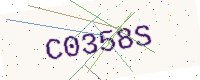
Text: C0358S